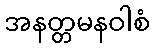
အနတ္တမနဝါစံ